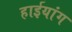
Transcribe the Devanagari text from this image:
हाईयांग